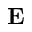
\mathbf { E }